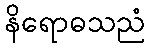
နိရောဓသညံ